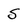
Character: S